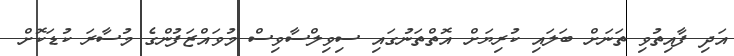
އަދި ފާއިތުވި ތަނަށް ބަލައި ކުރިޔަށް އޮތްތަނުގައި ސިވިލްސާވިސް މުވައްޒަފުންގެ މުސާރަ ކުޑަކޮށް